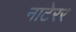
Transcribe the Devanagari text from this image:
नाटेरर